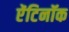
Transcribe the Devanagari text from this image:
ऐंटिनॉक